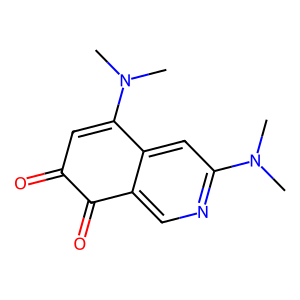
SMILES: CN(C)C1=CC(=O)C(=O)c2cnc(N(C)C)cc21
Inhibits HIV replication: No